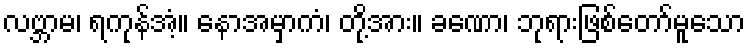
လဗ္ဘာမ၊ ရကုန်အံ့။ နောအမှာကံ၊ တို့အား။ ခဏော၊ ဘုရားဖြစ်တော်မူသော